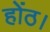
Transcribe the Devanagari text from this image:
होंठ।